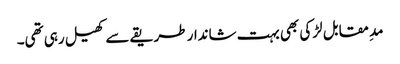
مدِ مقابل لڑکی بھی بہت شاندار طریقے سے کھیل رہی تھی۔